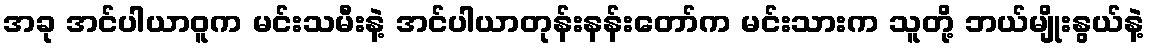
အခု အင်ပါယာဝူက မင်းသမီးနဲ့ အင်ပါယာတုန်းနန်းတော်က မင်းသားက သူတို့ ဘယ်မျိုးနွယ်နဲ့